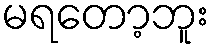
မရတော့ဘူး